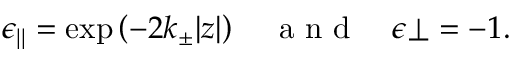
\epsilon _ { | | } = \exp \left( { - 2 k _ { \pm } | z | } \right) \quad \textrm { a n d } \quad \epsilon { \perp } = - 1 .